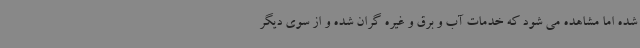
شده اما مشاهده می شود که خدمات آب و برق و غیره گران شده و از سوی دیگر